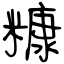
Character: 糠